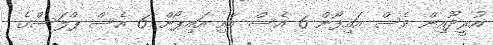
އުރީދޫއިން ވެސް އައިފޯން 6 އެސް އާއި އައިޕޯން 6 އެސް ޕްލަސްގެ